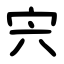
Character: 宍